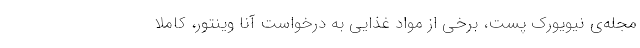
مجله‌ی نیویورک پست، برخی از مواد غذایی به درخواست آنا وینتور، کاملا